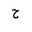
Letter: _ha